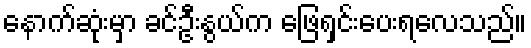
နောက်ဆုံးမှာ ခင်ဦးနွယ်က ဖြေရှင်းပေးရလေသည်။